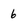
Character: 6